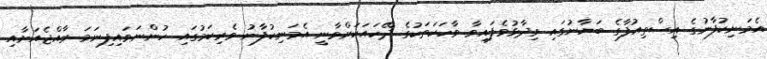
އެމަނިކުފާނުގެ އިސްތިއުފާގެ ބަޔާނުގައި ވިދާޅުވެފައިވާ ވާހަކަތަކުގެ ދޭހައަކަށްވާނީ އެމަނިކުފާނު ވެރިކަމުގައި ހުންނަވައިފިނަމަ ރާއްޖެއަށާއި